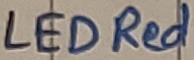
Text: LED Red